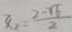
x _ { 2 } = \frac { 2 - \sqrt { 6 } } { 2 }